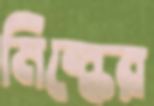
মিল্কের